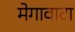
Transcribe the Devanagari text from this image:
मेगावाटा